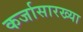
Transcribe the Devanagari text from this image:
कर्जासारख्या